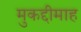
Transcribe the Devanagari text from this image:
मुकद्दीमाह